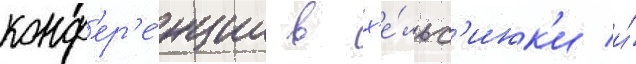
конф'ер'е́нции в х'е́льс'инк'и и́